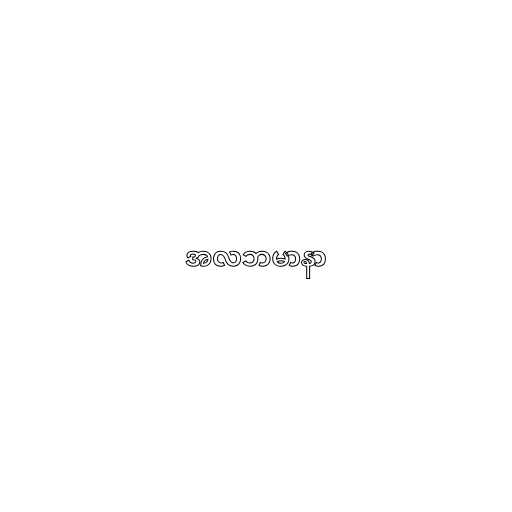
အလဘမာနာ